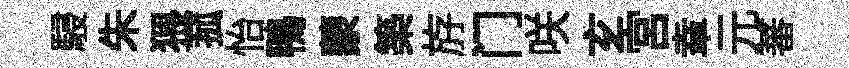
駸朱猥菰怡鴨蒙築斿门咲𤣥宮𦍒元蕃